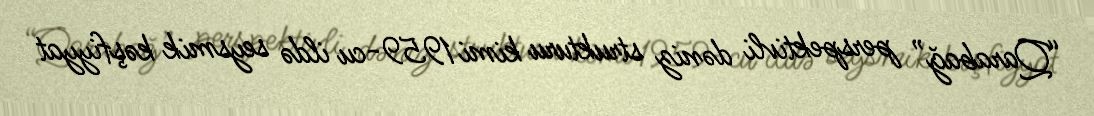
“Qarabağ” perspektivli dəniz strukturu kimi 1959-cu ildə seysmik kəşfiyyat